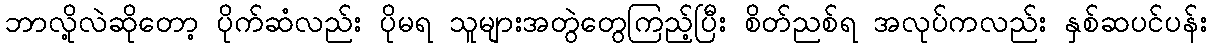
ဘာလို့လဲဆိုတော့ ပိုက်ဆံလည်း ပိုမရ သူများအတွဲတွေကြည့်ပြီး စိတ်ညစ်ရ အလုပ်ကလည်း နှစ်ဆပင်ပန်း